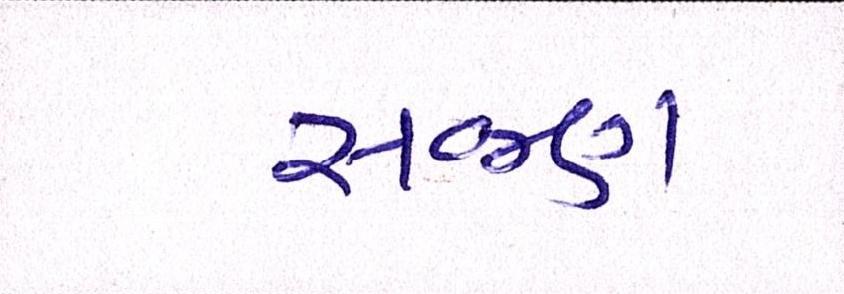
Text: સજણ